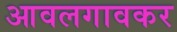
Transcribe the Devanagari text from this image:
आवलगावकर